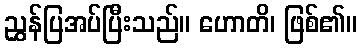
ညွှန်ပြအပ်ပြီးသည်။ ဟောတိ၊ ဖြစ်၏။